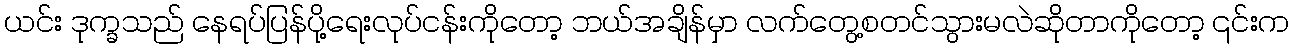
ယင်း ဒုက္ခသည် နေရပ်ပြန်ပို့ရေးလုပ်ငန်းကိုတော့ ဘယ်အချိန်မှာ လက်တွေ့စတင်သွားမလဲဆိုတာကိုတော့ ၎င်းက